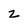
Character: z